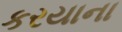
કરયાના